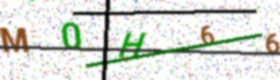
Text: M0H66